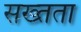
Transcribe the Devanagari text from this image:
सख्तता